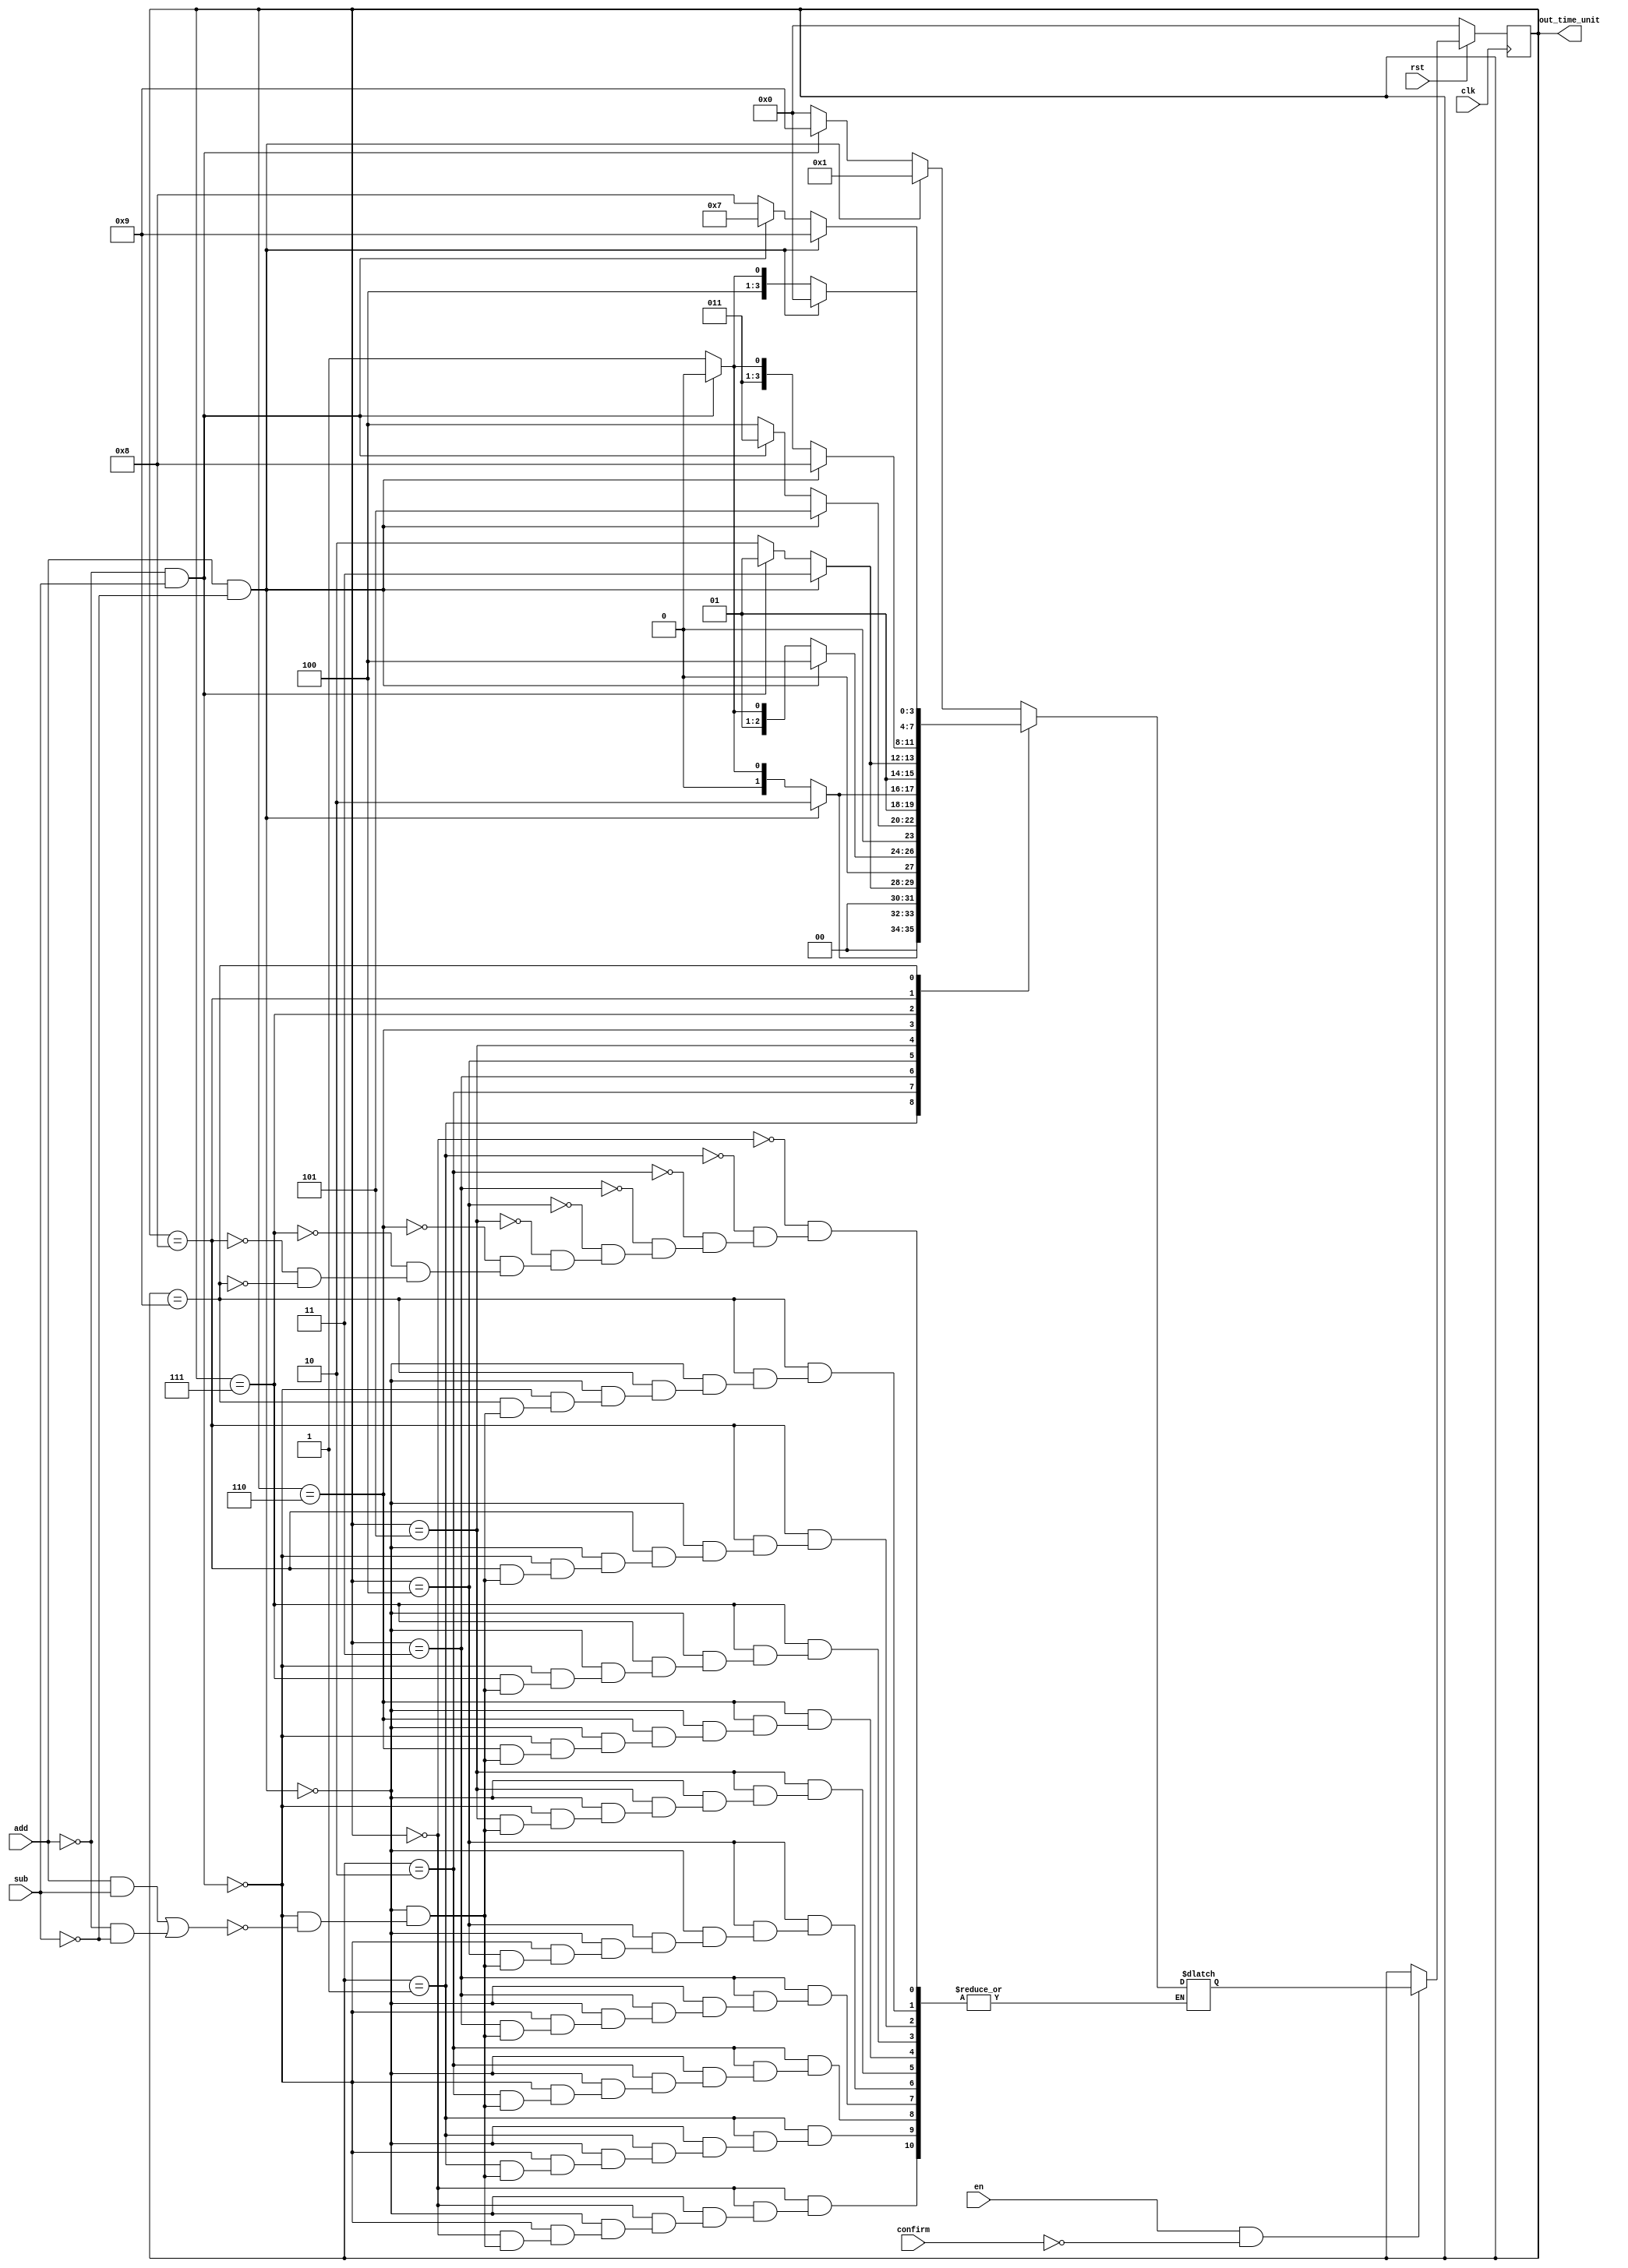
module set_time_unit(
input en,//en = 1则可以设置
input rst,//rst = 0则初始化
input confirm,//comfirm = 1表示确认该模块设置完成

input clk,
input add,
input sub,

output reg [3:0] out_time_unit
    );
    
    parameter s0 = 4'b0000, s1 = 4'b0001, s2 = 4'b0010, s3 = 3'b0011, s4 = 4'b0100,
               s5 = 4'b0101, s6 = 4'b0110, s7 = 4'b0111, s8 = 4'b1000, s9 = 4'b1001;
    reg [3:0] next_time_unit = s0;
    
    always @(posedge clk)
       begin
           if(!rst)
               out_time_unit <= s0;
           else if(en && !confirm)
               out_time_unit <= next_time_unit;
       end
       
    always @(add, sub)
        begin
            case(out_time_unit)
            s0: if(add & !sub) next_time_unit = s1; 
                else if(!add & sub) next_time_unit = s9;
                else if((add & sub) | (!add & !sub)) next_time_unit = s0;
                
            s1: if(add & !sub) next_time_unit = s2; 
                else if(!add & sub) next_time_unit = s0;
                else if((add & sub) | (!add & !sub)) next_time_unit = s1;
                
            s2: if(add & !sub) next_time_unit = s3; 
                else if(!add & sub) next_time_unit = s1;
                else if((add & sub) | (!add & !sub)) next_time_unit = s2;
                
            s3: if(add & !sub) next_time_unit = s4; 
                else if(!add & sub) next_time_unit = s2;
                else if((add & sub) | (!add & !sub)) next_time_unit = s3;
                
            s4: if(add & !sub) next_time_unit = s5; 
                else if(!add & sub) next_time_unit = s3;
                else if((add & sub) | (!add & !sub)) next_time_unit = s4;
                
            s5: if(add & !sub) next_time_unit = s6; 
                else if(!add & sub) next_time_unit = s4;
                else if((add & sub) | (!add & !sub)) next_time_unit = s5;
                
            s6: if(add & !sub) next_time_unit = s7; 
                else if(!add & sub) next_time_unit = s5;
                else if((add & sub) | (!add & !sub)) next_time_unit = s6;
                
            s7: if(add & !sub) next_time_unit = s8; 
                else if(!add & sub) next_time_unit = s6;
                else if((add & sub) | (!add & !sub)) next_time_unit = s7;
                
            s8: if(add & !sub) next_time_unit = s9; 
                else if(!add & sub) next_time_unit = s7;
                else if((add & sub) | (!add & !sub)) next_time_unit = s8;
                
            s9: if(add & !sub) next_time_unit = s0; 
                else if(!add & sub) next_time_unit = s8;
                else if((add & sub) | (!add & !sub)) next_time_unit = s9;
                
            endcase
        end
endmodule